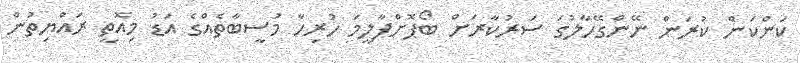
ކަންކަން ކުރަން ނޭންގޭހާލުގަ ސަރުކާރަށް ބޯޕޮށްޕާލީމަ ހުރިހާ މުސީބާތެއްގެ އަޑު މިއޮތީ ރައްޔިތުން